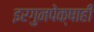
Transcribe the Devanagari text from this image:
इरगुनपेक्षाही